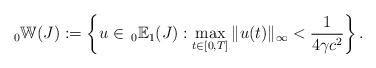
LaTeX: \begin{align*}_0\mathbb{W}(J):=\left\{u\in\, _0\mathbb{E}_1(J):\max_{t\in[0,T]}\|u(t)\|_\infty<\frac{1}{4\gamma c^2}\right\}.\end{align*}